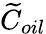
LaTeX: \widetilde{C}_{oil}